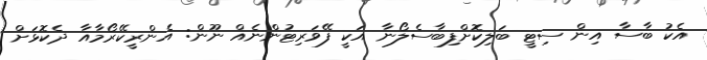
އެކު ބާސާ އިން ސިޓީ ބަލިކޮށްފިބާސެލޯނާ އަކީ ފޭވަރިޓުންނެއް ނޫން: އެންރީކޭރޯމާއާ ދެކޮޅަށް